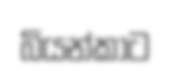
බියන්කාට